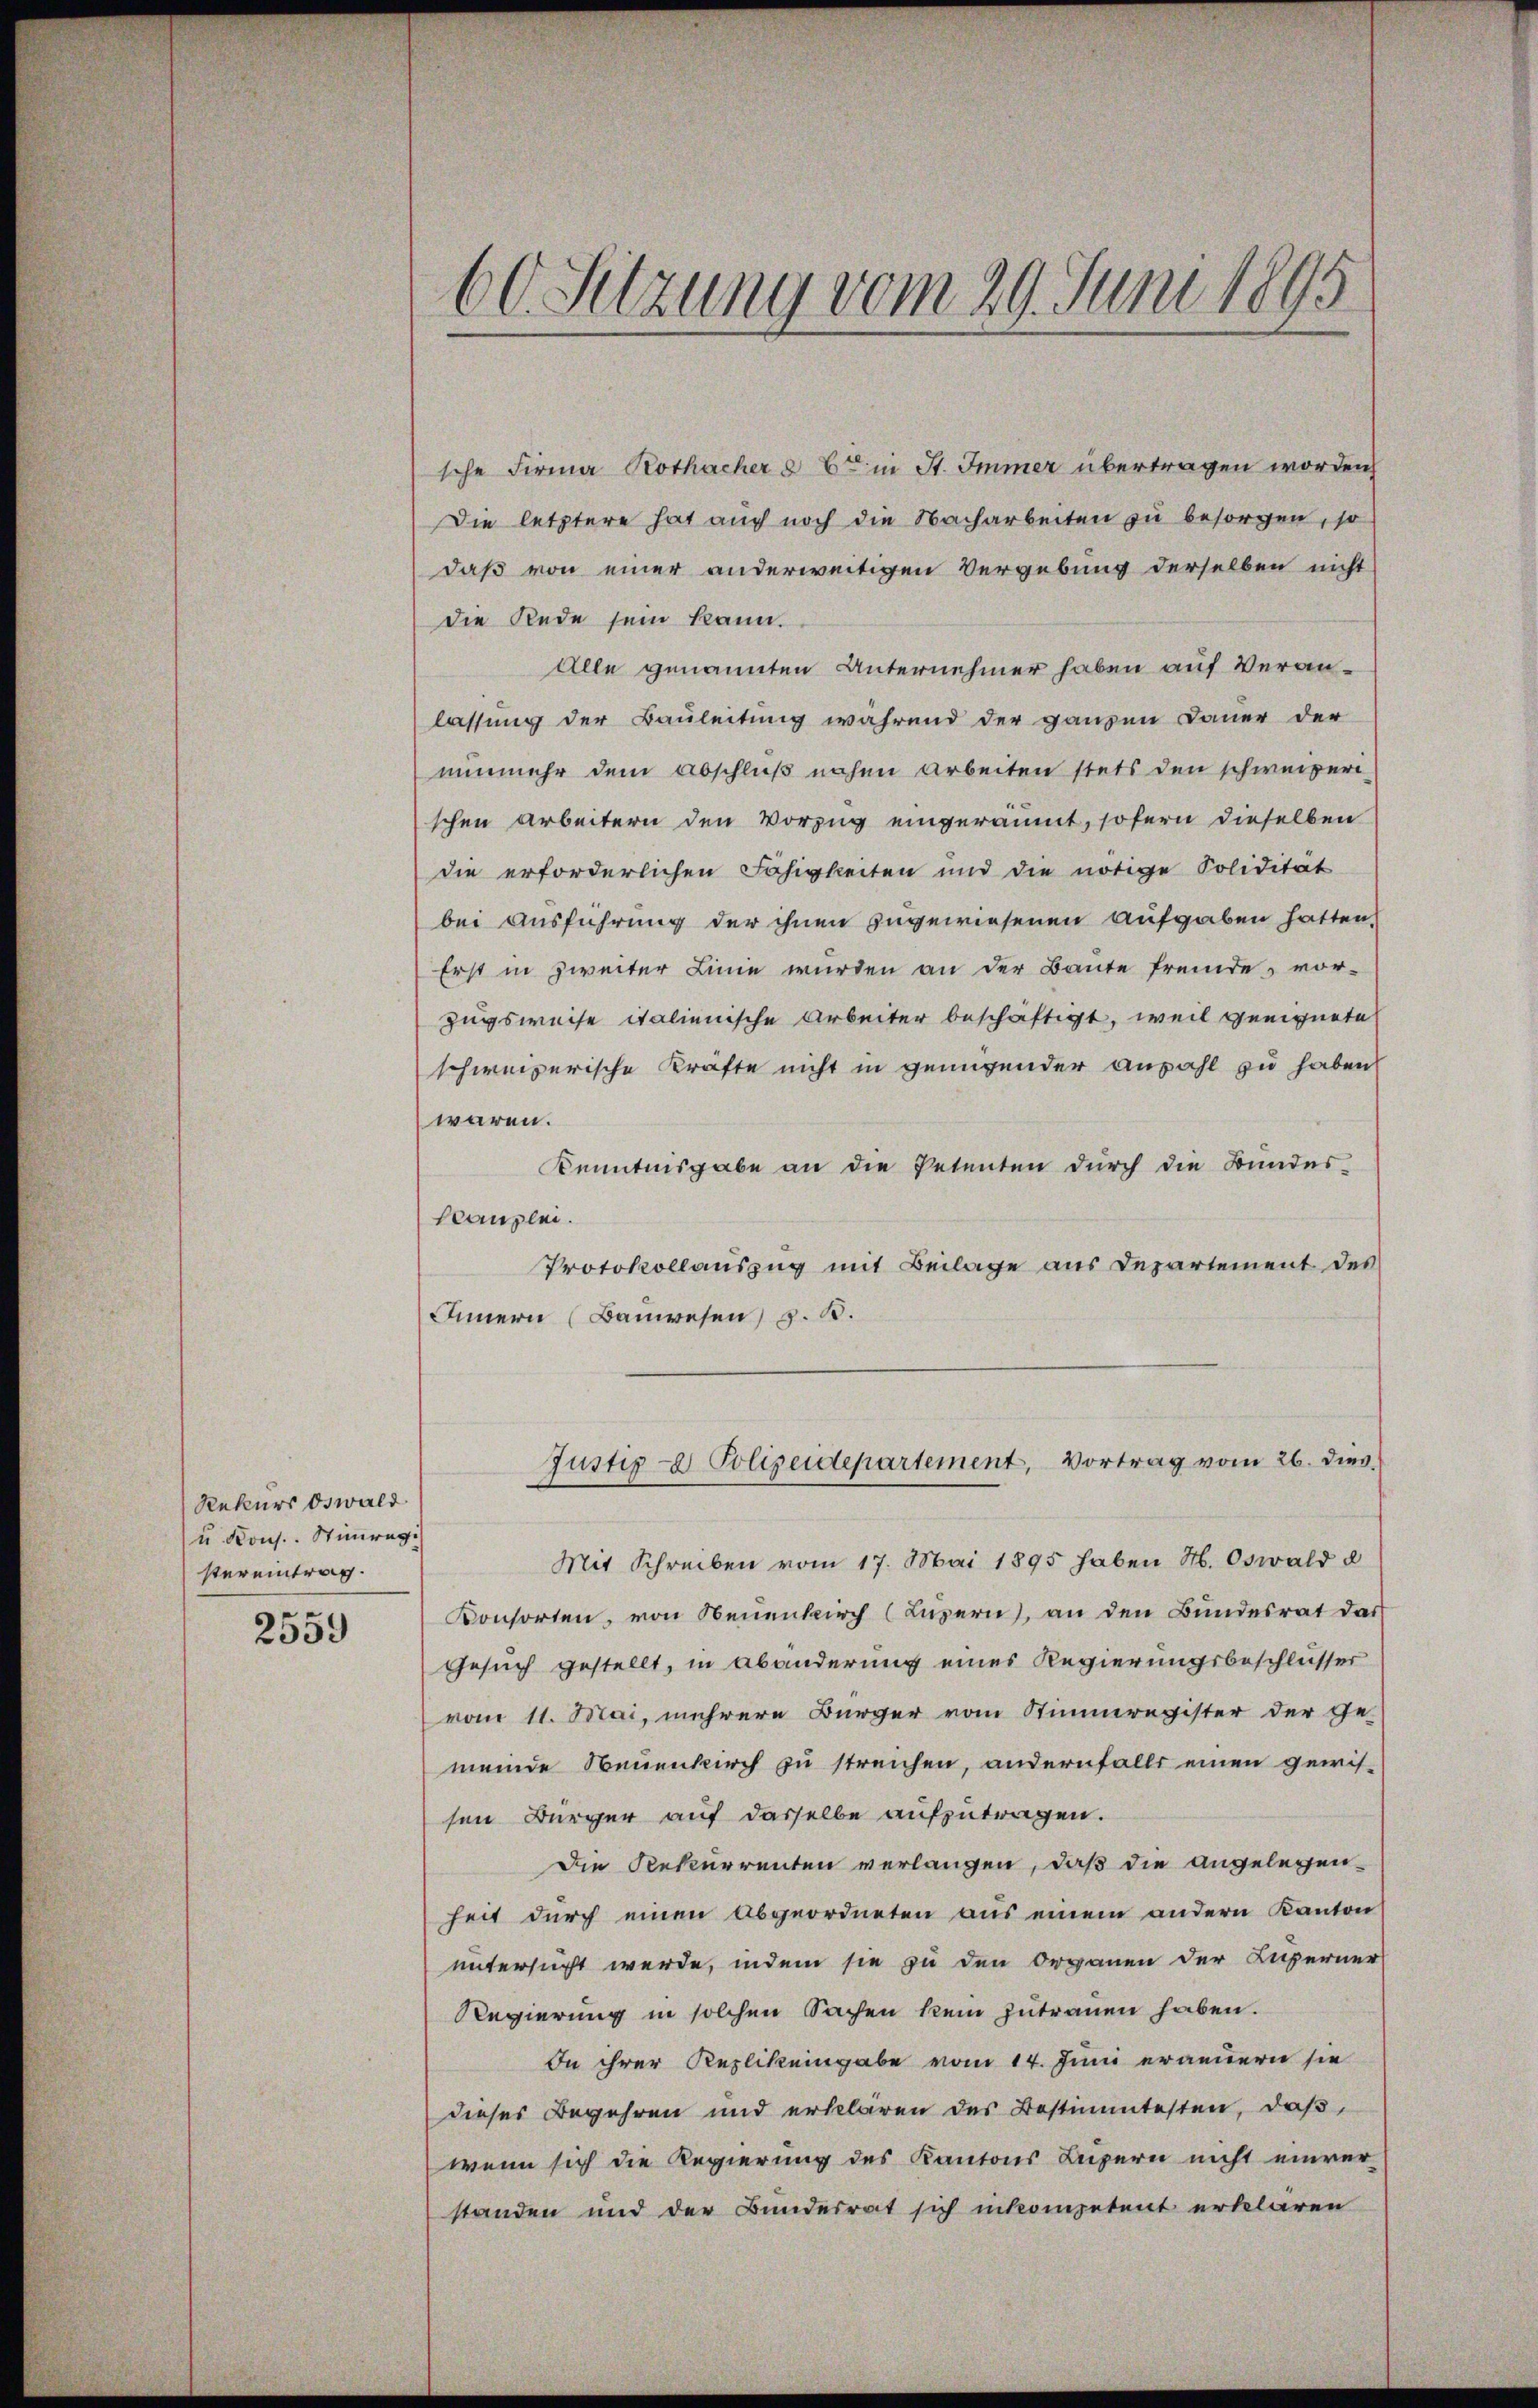
Rekurs Oswald
u. Kons. Stimmreg
stereintrag.
.

2559

sche Firma Rothacher & Cie in St. Immer übertragen worden,
Die letztere hat auch noch die Nacharbeiten zu besorgen, so
daß von einer anderweitigen Vergebung derselben nicht
die Rede sein kann.
Alle genannten Unternehmer haben auf Veranlassung der Bauleitung während der ganzen Dauer der
nunmehr dem Abschluß nahen Arbeiten stets den schweizeri-
schen Arbeitern den Vorzug eingeräumt, sofern dieselben
die erforderlichen Fähigkeiten und die nötige Polidität
bei Ausführung der ihnen zugewiesenen Aufgaben hatten,
Erst in zweiter Linie wurden an der Baute fremde, vor-
zugsweise italienische Arbeiter beschäftigt, weil geeignete
schweizerische Kräfte nicht in genügender Anzahl zu haben
waren.
Kenntnisgabe an die Petenten durch die Bundes-
scanzlei.
Protokollauszug mit Beilage aus Departement des
Innern (Bauwesen, z. B.
Justiz- & Polizeidepartement, Vortrag vom 26. dies
Mit Schreiben vom 17. Mai 1895 haben M. Oswald d
Konsorten, von Neuenburch (Luzern, an den Bundesrat das
Gesuch gestellt, in Abänderung eines Regierungsbeschlusser
vom 11. Mai, mehrere Bürger vom Stimmregister der Ge-
meinde Neuenkirch zu streichen, andernfalls einen gewissen Bürger auf dasselbe aufzutragen.
Die Rekurrenten verlangen, daß die angelegen-
heit durch einen Abgeordneten aus einem andern Kanton
untersucht werde, indem sie zu den Organen der Kupferner
Regierung in solchen Sachen kein zŭtraŭen haben.
In ihrer Replikengabe vom 14. Juni erannern sie
dieses Begehren und erklären des Bestimmtesten, daß,
wenn sich die Regierung des Kantons Luzern nicht einver
standen und der Bundesrat sich inkompetent erklären

60. Sitzung vom 29. Juni 1895